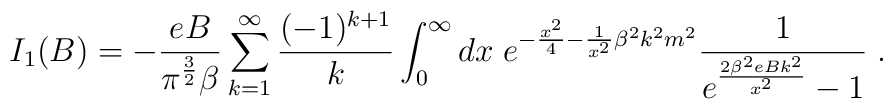
I_1(B) = - \frac {eB} { {\pi}^{ \frac {3} {2}}  \beta} \sum_{k=1}^{\infty}\frac {(-1)^{k+1}} {k}  \int_0^{\infty} dx \;e^{- \frac {x^2} {4} - \frac {1} {x^2} \beta^2 k^2 m^2} \frac {1}  {e^{ \frac {2 \beta^2 eB k^2} {x^2}} -1} \; .